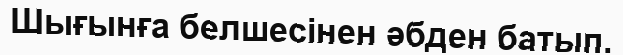
Шығынға белшесінен әбден батып.